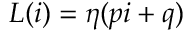
L ( i ) = \eta ( p i + q )